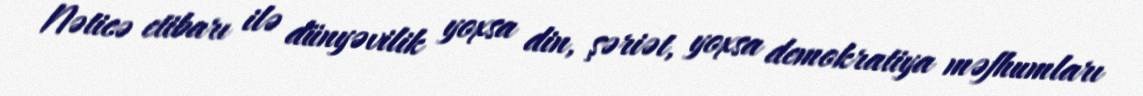
Nəticə etibarı ilə dünyəvilik yoxsa din, şəriət, yoxsa demokratiya məfhumları